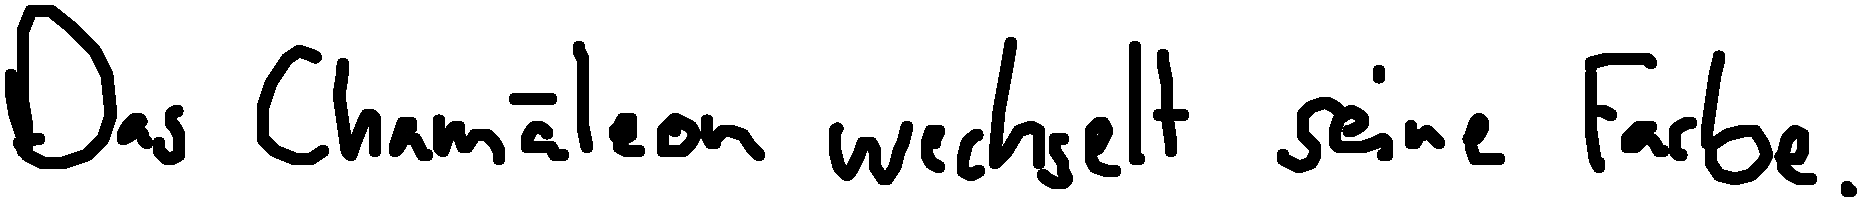
Das Chamäleon wechselt seine Farbe.